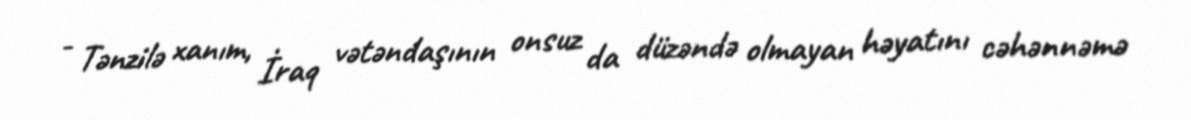
- Tənzilə xanım, İraq vətəndaşının onsuz da düzəndə olmayan həyatını cəhənnəmə